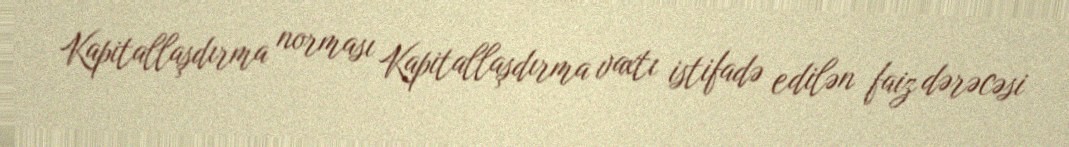
Kapitallaşdırma norması Kapitallaşdırma vaxtı istifadə edilən faiz dərəcəsi